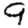
Digit: 9